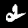
Label: 2